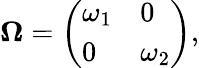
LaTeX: \mathbf{\Omega}=\left(\begin{array}{ll}{\omega_{1}}&{0}\\ {0}&{\omega_{2}}\end{array}\right),